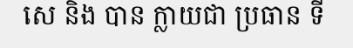
សេ និង បាន ក្លាយជា ប្រធាន ទី